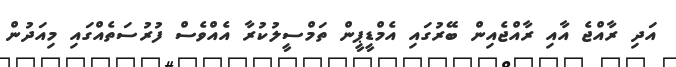
އަދި ރާއްޖެ އާއި ރާއްޖެއިން ބޭރުގައި އެމްޑީޕީން ތަމްސީލުކުރާ އެއްވެސް ފުރުސަތެއްގައި މިއަދުން